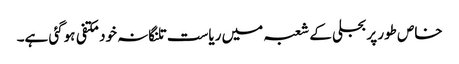
خاص طور پر بجلی کے شعبہ میں ریاست تلنگانہ خود مکتفی ہوگئی ہے۔